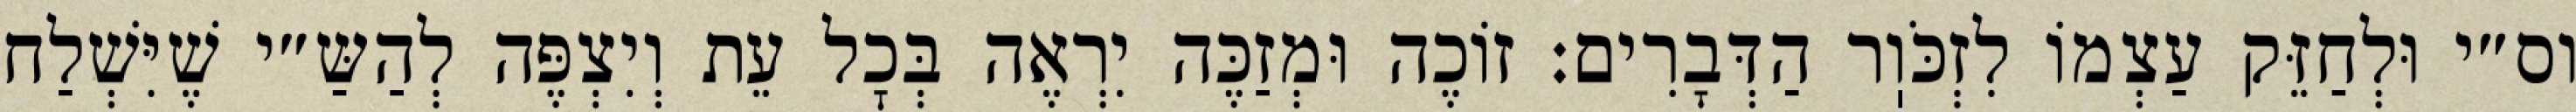
וס״י וּלְחַזֵּק עַצְמוֹ לִזְכֹּוֽר הַדְּבָרִים: זוֹכֶה וּמְזַכֶּה יִרְאֶה בְּכׇל עֵת וְיִצְפֶּה לְהַשַּ״י שֶׁיִּשְׁלַח